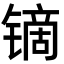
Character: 镝